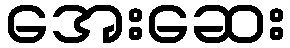
အေးဆေး